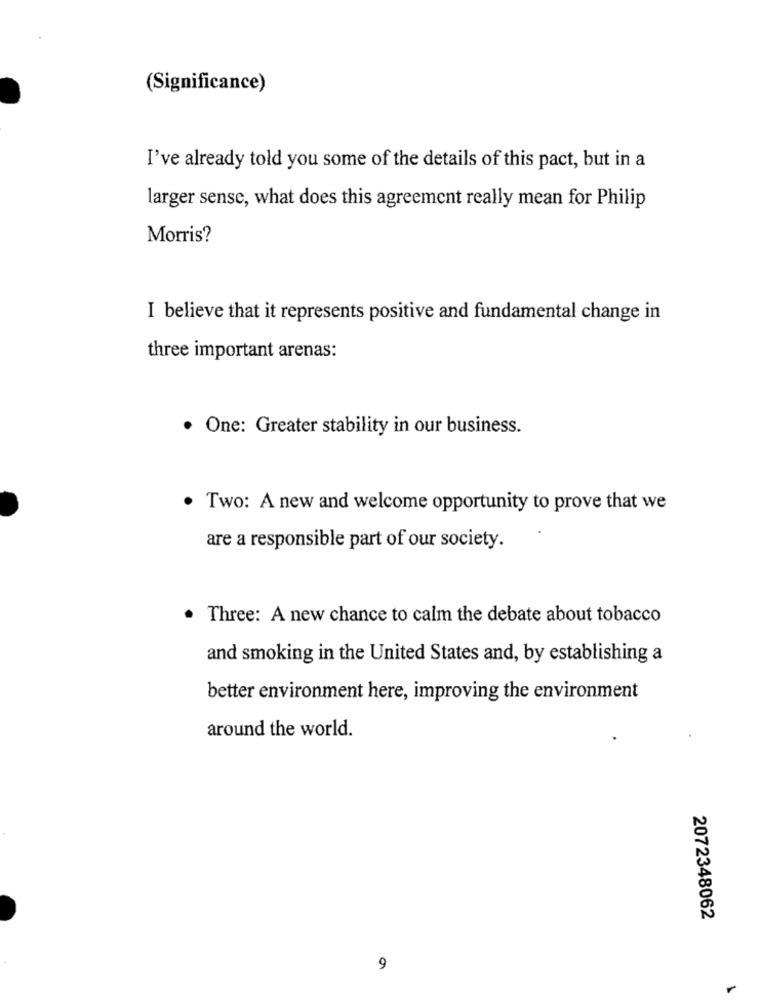
(Significance)
I've already told you some of the details of this pact, but in a
larger sense, what does this agreement really mean for Philip
Morris?
I believe that it represents positive and fundamental change in
three important arenas:
· One: Greater stability in our business.
Two: A new and welcome opportunity to prove that we
are a responsible part of our society.
Three: A new chance to calm the debate about tobacco
and smoking in the United States and, by establishing a
better environment here, improving the environment
around the world.
2072348062
9